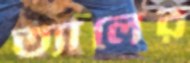
ত্যালের